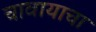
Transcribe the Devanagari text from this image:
चावायाचा